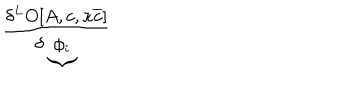
LaTeX: \frac { \delta ^ { L } O [ A , c , \kappa \overline { { { c } } } ] } { \delta \underbrace { \phi _ { i } } }